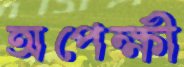
অপেক্ষী